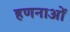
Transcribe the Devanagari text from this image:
हणनाओं